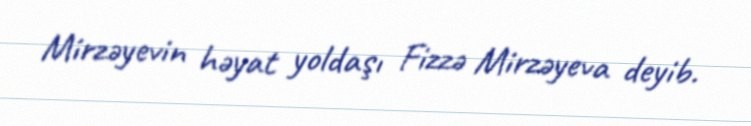
Mirzəyevin həyat yoldaşı Fizzə Mirzəyeva deyib.